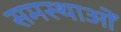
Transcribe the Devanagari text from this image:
समस्थाओं